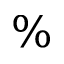
\%